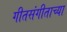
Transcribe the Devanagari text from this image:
गीतसंगीताच्या